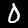
Label: 0